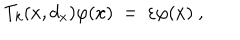
LaTeX: T _ { k } ( x , d _ { x } ) \varphi ( x ) \ = \ \varepsilon \varphi ( x ) \ ,